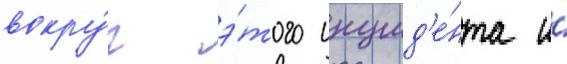
вокру́г э́того инцид'е́нта и́